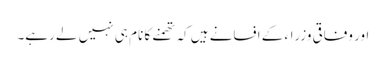
اور وفاقی وزراء کے افسانے ہیں کہ تھمنے کا نام ہی نہیں لے رہے۔